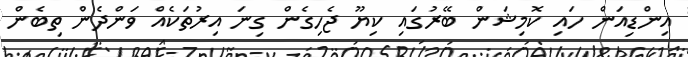
އިންޑިއަން ހައި ކޮމިޝަން ބޭރުގައި ކިޔޫ ޖެހިގެން ގިނަ އިރުތަކެއް ވަންދެން ތިބެން